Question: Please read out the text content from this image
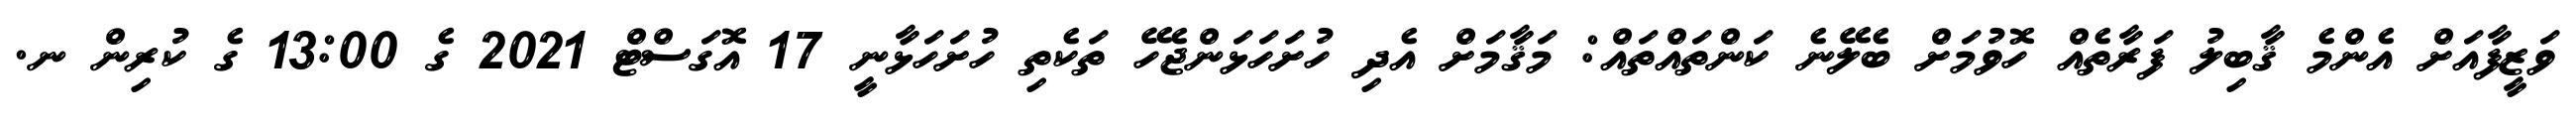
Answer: ވަޒީފާއަށް އެންމެ ޤާބިލު ފަރާތެއް ހޮވުމަށް ބެލޭނެ ކަންތައްތައް: މަޤާމަށް އެދި ހުށަހަޅަންޖެހޭ ތަކެތި ހުށަހަޅާނީ 17 އޮގަސްޓް 2021 ގެ 13:00 ގެ ކުރިން ނ.